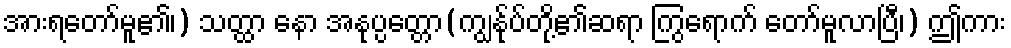
အားရတော်မူ၏၊) သတ္ထာ နော အနုပ္ပတ္တော(ကျွန်ုပ်တို့၏ဆရာ ကြွရောက် တော်မူလာပြီ၊) ဤကား